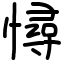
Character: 憳